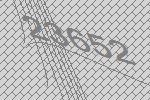
23652